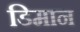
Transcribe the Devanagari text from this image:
डिमान